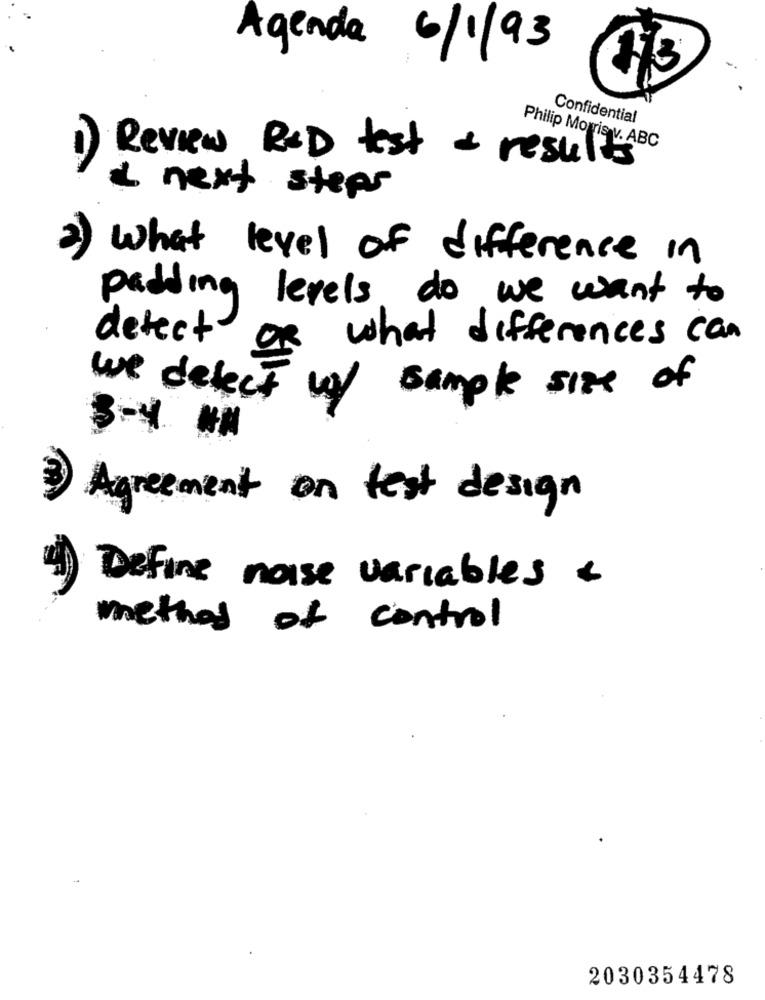
Agenda 6/1/93
Confidential
1) Review RXD test & results
next steps
What level of difference in
padding levels do we want to
detect
OR what differences can
we detect w/ sample size of
Agreement on test design
Define noise variables
method of control
2030354478